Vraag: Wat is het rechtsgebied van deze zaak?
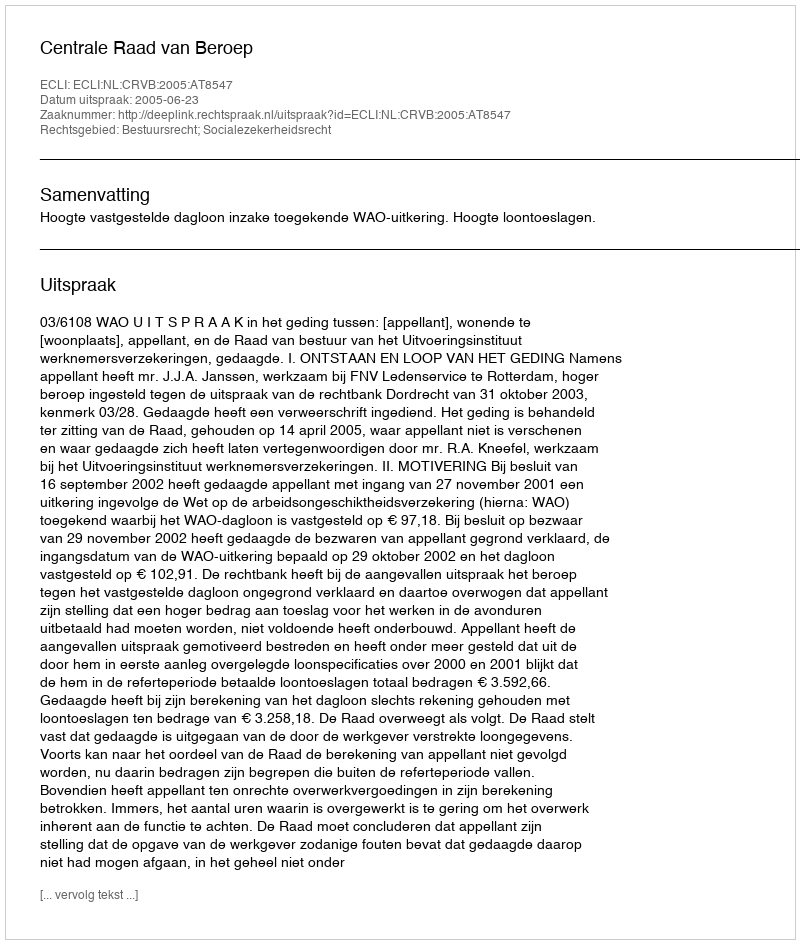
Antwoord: Bestuursrecht; Socialezekerheidsrecht